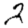
Digit: 2